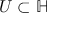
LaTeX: \; U \subset \mathbb { H }